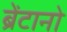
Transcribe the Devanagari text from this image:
ब्रेंटानो